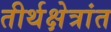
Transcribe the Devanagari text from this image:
तीर्थक्षेत्रांत